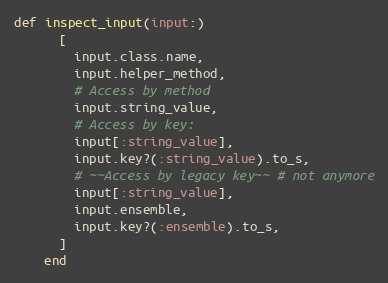
Language: Ruby
def inspect_input(input:)
      [
        input.class.name,
        input.helper_method,
        # Access by method
        input.string_value,
        # Access by key:
        input[:string_value],
        input.key?(:string_value).to_s,
        # ~~Access by legacy key~~ # not anymore
        input[:string_value],
        input.ensemble,
        input.key?(:ensemble).to_s,
      ]
    end